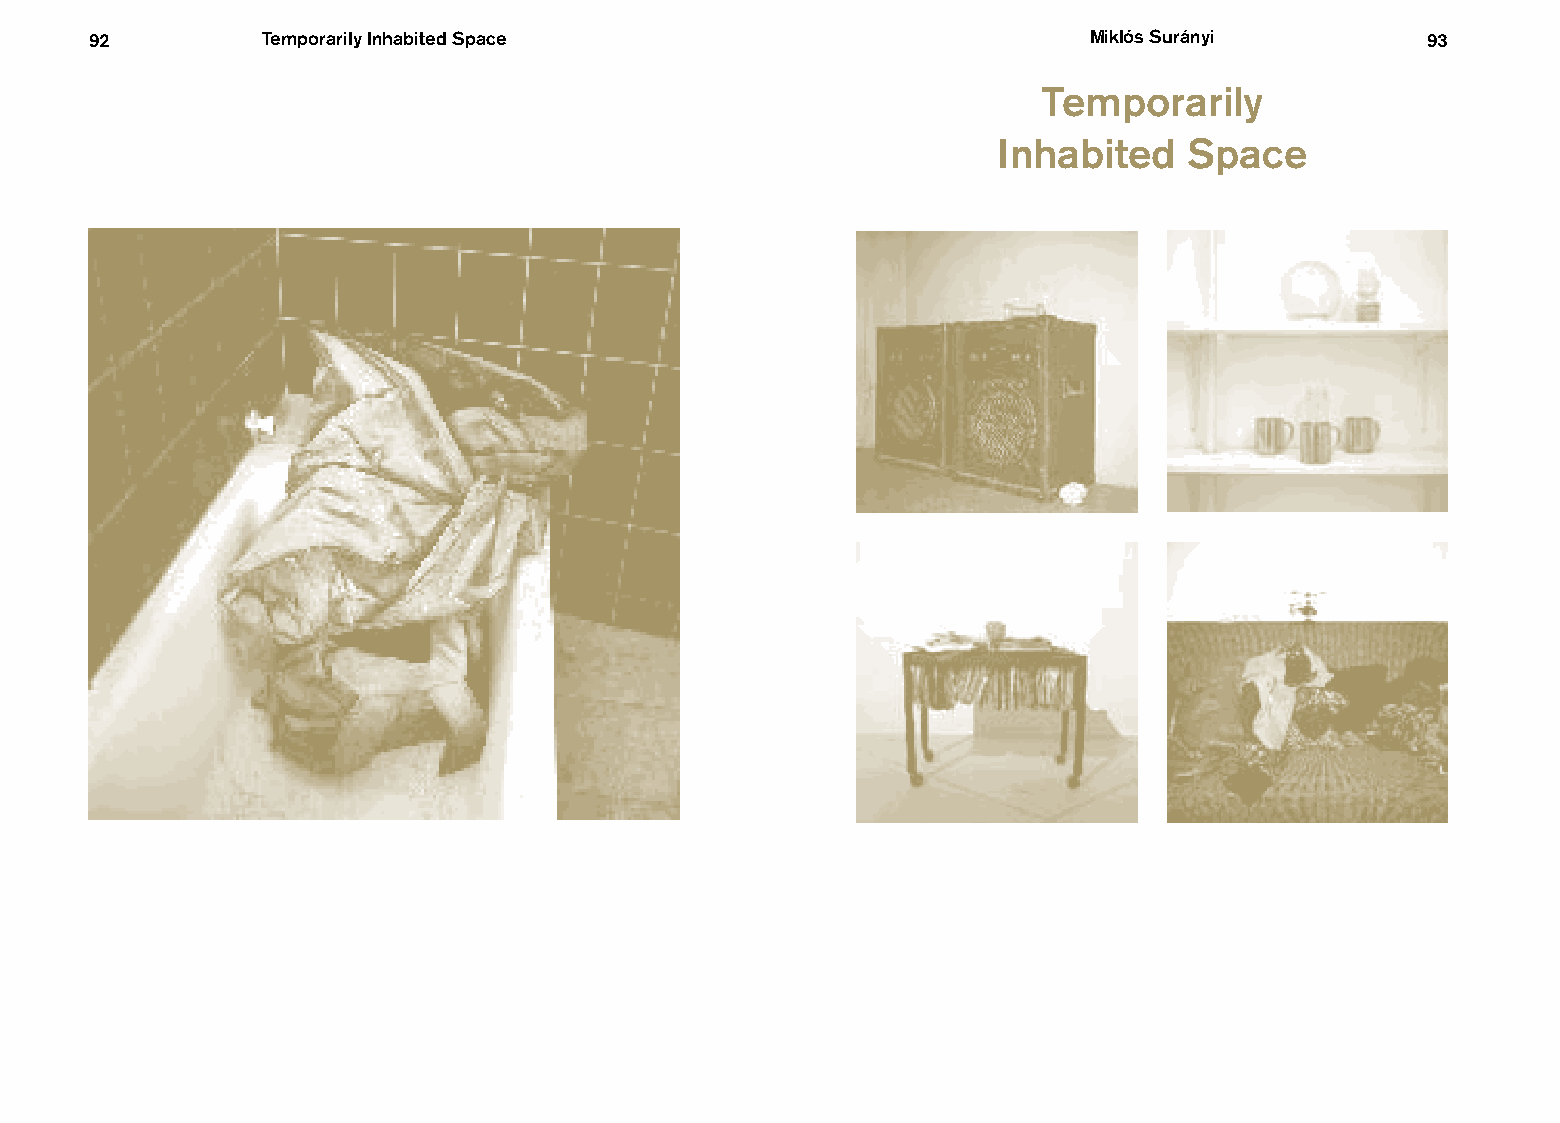
92         Temporarily Inhabited Space                            Miklós Surányi        9933
 Temporarily
 Inhabited    Space